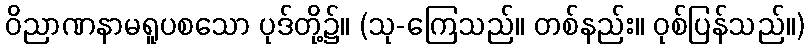
ဝိညာဏနာမရူပစသော ပုဒ်တို့၌။ (သု-ကြေသည်။ တစ်နည်း။ ဝုစ်ပြန်သည်။)